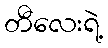
တီလေးရဲ့